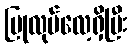
ပြုလုပ်လေ့ရှိပြီး